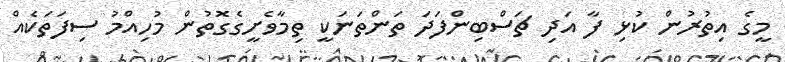
މީގެ އިތުރުން ކުޅި ފާ އަދި ޗަސްބިންފަދަ ތަންތަނަކީ ތިމާވެށީގެގޮތުން މުހިއްމު ސިފަތަކެއް